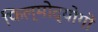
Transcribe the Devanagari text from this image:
फिल्मोद्योगों